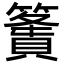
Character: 𥴶